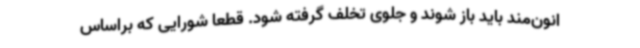
انون‌مند باید باز شوند و جلوی تخلف گرفته شود. قطعا شورایی که براساس